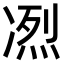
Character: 𠗹